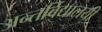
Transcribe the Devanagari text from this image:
अन्तर्विद्यालयी